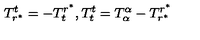
T _ { r ^ { \ast } } ^ { t } = - T _ { t } ^ { r ^ { \ast } } , T _ { t } ^ { t } = T _ { \alpha } ^ { \alpha } - T _ { r ^ { \ast } } ^ { r ^ { \ast } }